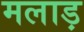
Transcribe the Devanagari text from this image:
मलाड़